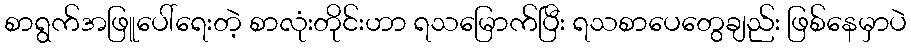
စာရွက်အဖြူပေါ်ရေးတဲ့ စာလုံးတိုင်းဟာ ရသမြောက်ပြီး ရသစာပေတွေချည်း ဖြစ်နေမှာပဲ